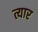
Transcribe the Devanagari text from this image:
त्यार